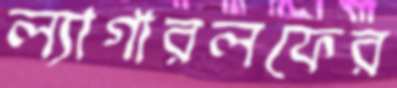
ল্যাগারলফের